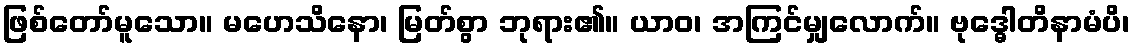
ဖြစ်တော်မူသော။ မဟေသိနော၊ မြတ်စွာ ဘုရား၏။ ယာဝ၊ အကြင်မျှလောက်။ ဗုဒ္ဓေါတိနာမံပိ၊